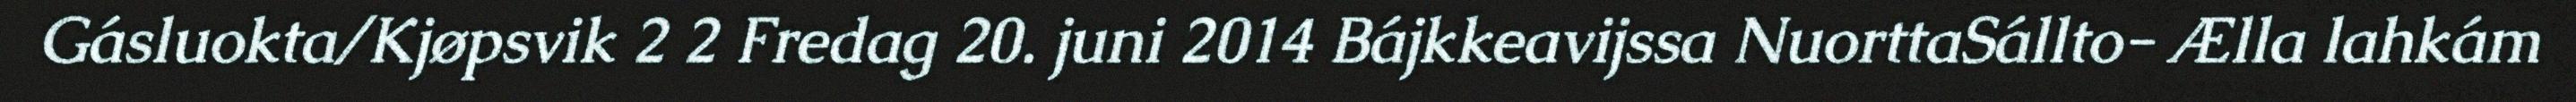
Gásluokta/Kjøpsvik 2 2 Fredag 20. juni 2014 Bájkkeavijssa NuorttaSállto- Ælla lahkám